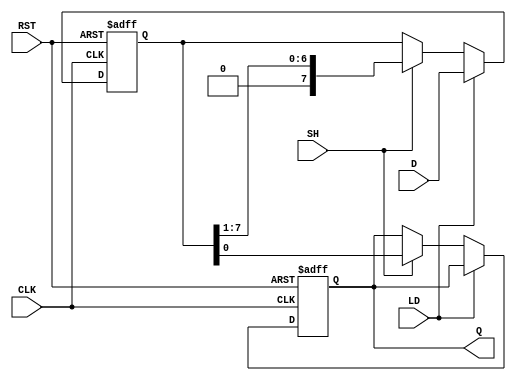
module PISO_Register #(
    parameter n = 8  // Parameter for the width of the data input
)(
    input wire [n-1:0] D,   // Parallel data input
    input wire LD,          // Load control signal
    input wire SH,          // Shift control signal
    input wire CLK,         // Clock signal
    input wire RST,         // Asynchronous reset signal
    output reg Q            // Serial output
);

    reg [n-1:0] shift_reg;   // Internal shift register

    // Asynchronous reset and data loading/shifting
    always @(posedge CLK or posedge RST) begin
        if (RST) begin
            shift_reg <= {n{1'b0}}; // Clear the register
            Q <= 1'b0;              // Clear the serial output
        end else begin
            if (LD) begin
                shift_reg <= D;     // Load data into the register
            end else if (SH) begin
                Q <= shift_reg[0];  // Output the LSB
                shift_reg <= {1'b0, shift_reg[n-1:1]}; // Shift right
            end
        end
    end

endmodule